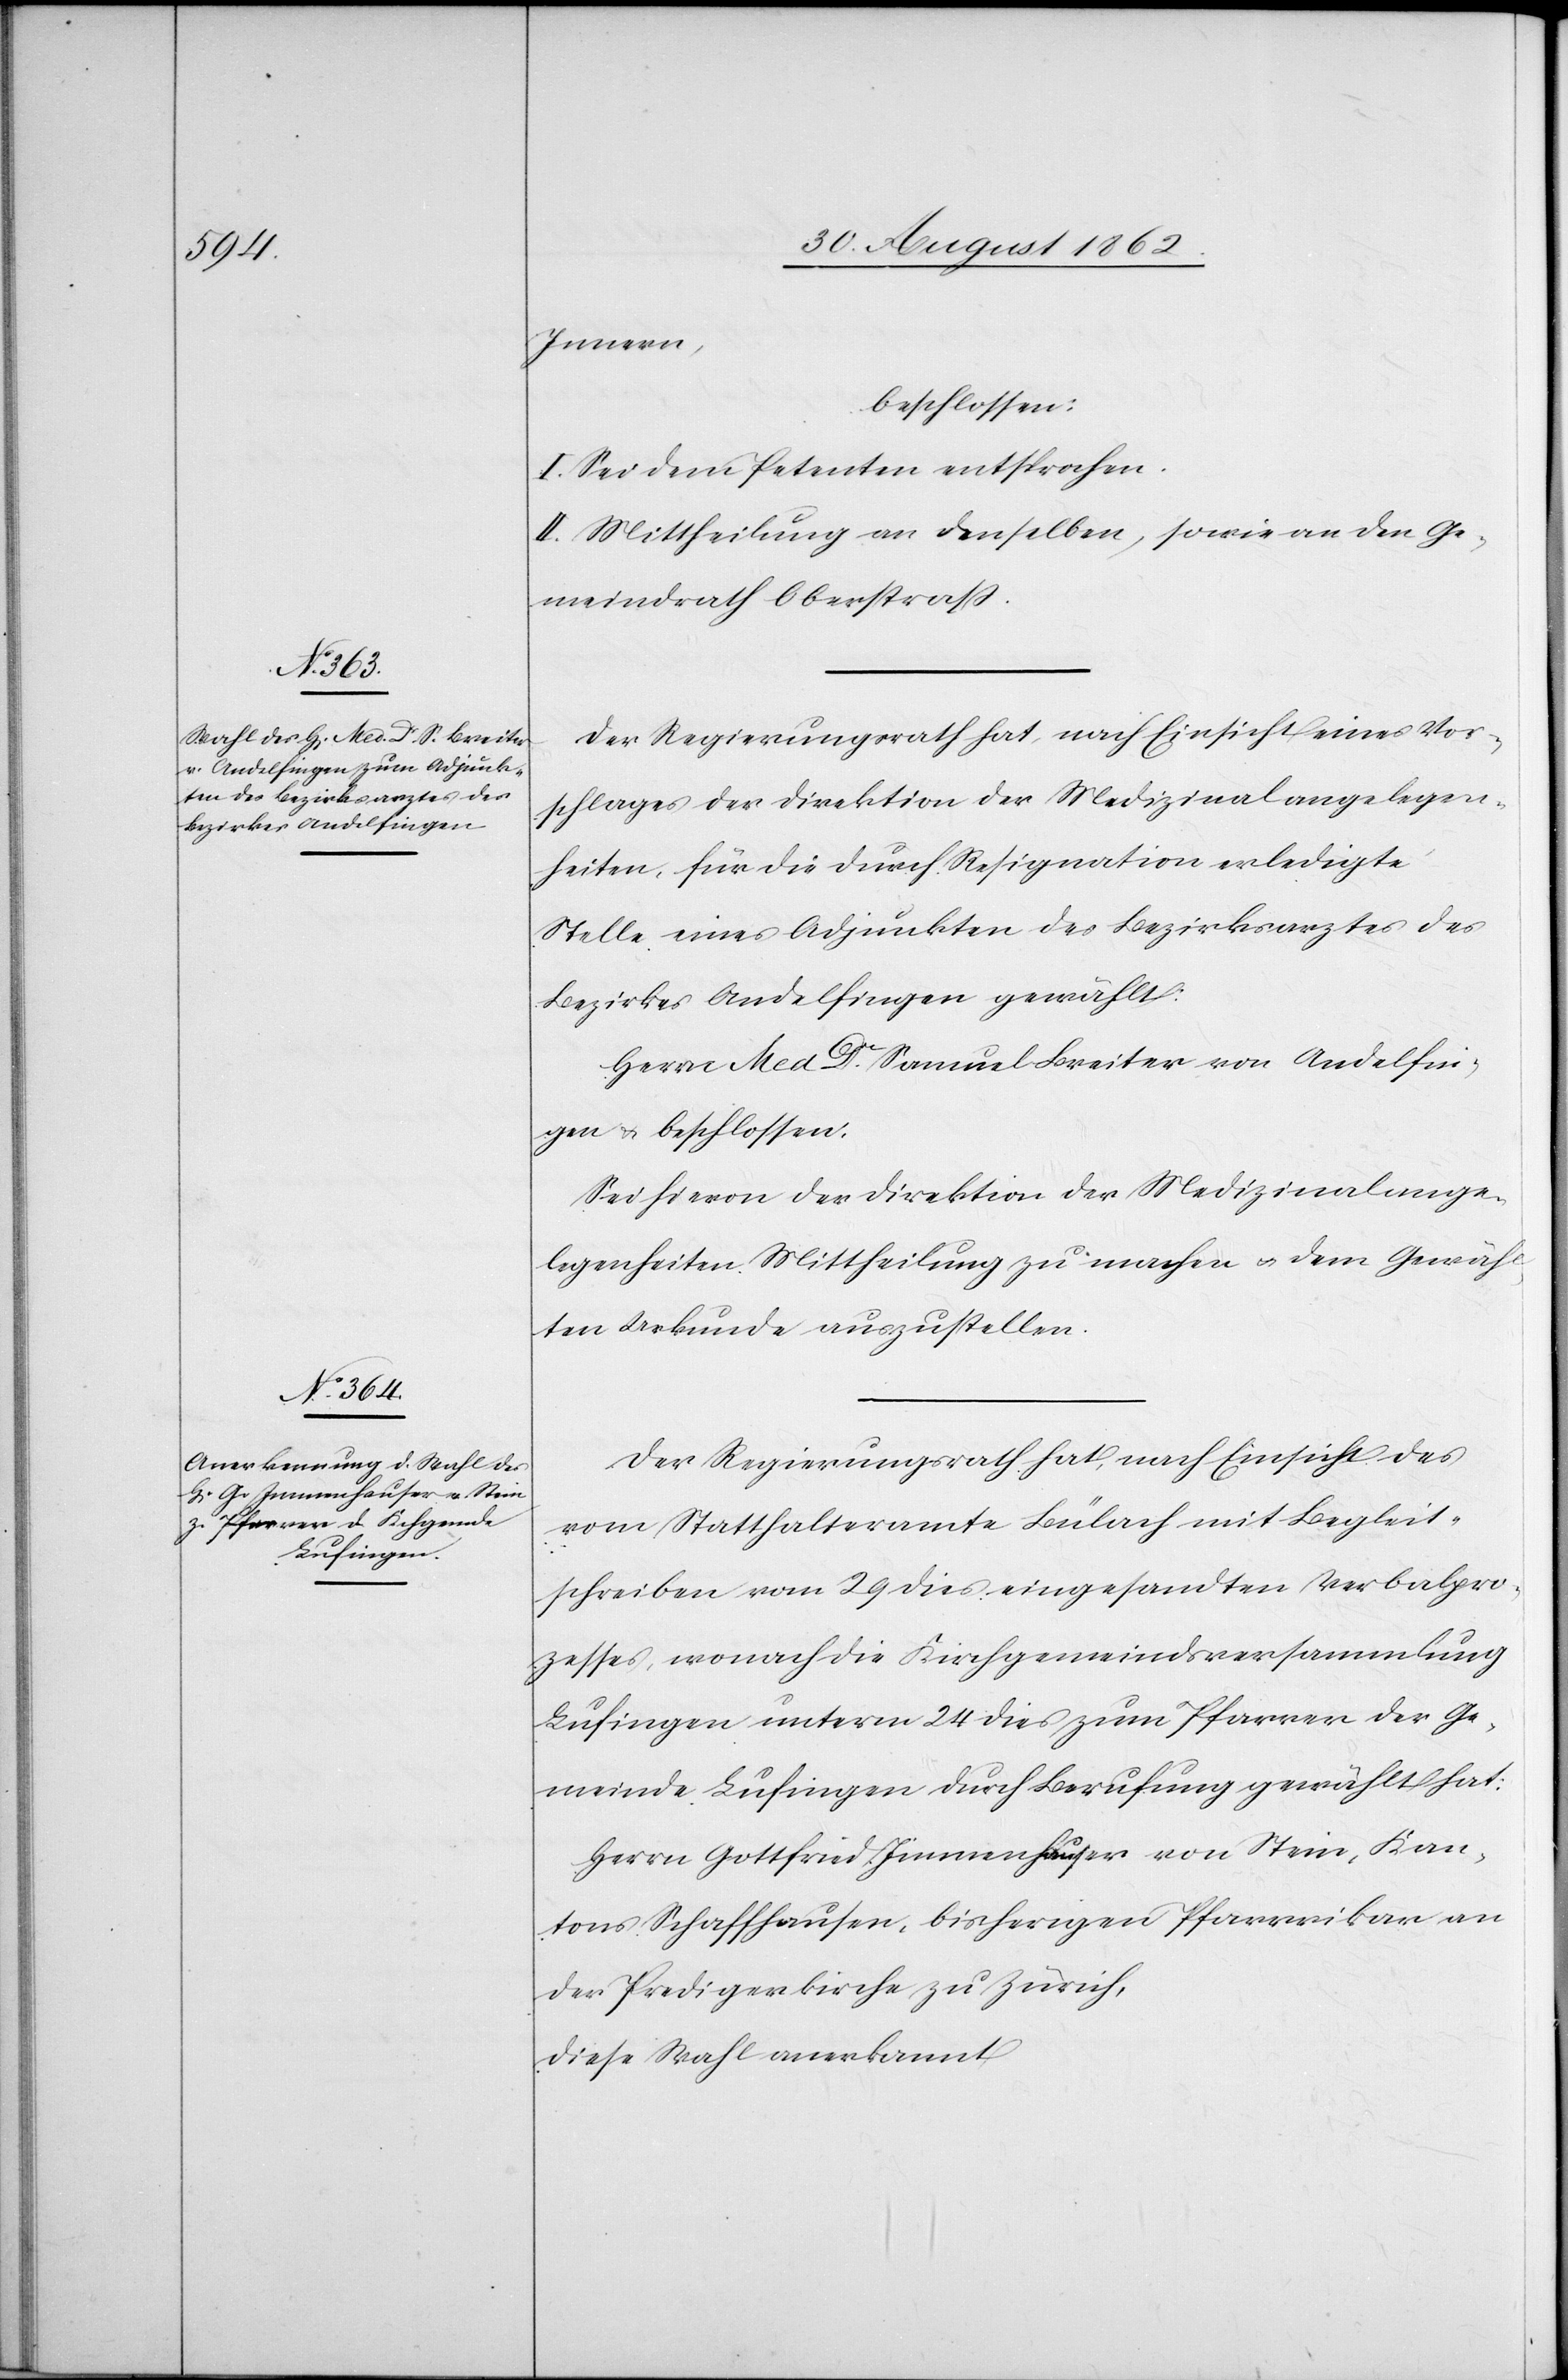
Innern
beschlossen:
I. Sei dem Petenten entsprochen.
II. Mittheilung an denselben, sowie an den Ge¬
meindrath Oberstraß.
Der Regierungsrath hat, nach Einsicht eines Vor¬
schlages der Direktion der Medizinalangelegen¬
heiten, für die durch Resignation erledigte
Stelle eines Adjunkten des Bezirksarztes des
Bezirkes Andelfingen gewählt:
Herrn Med. Dr. Samuel Breiter von Andelfin¬
gen u. beschlossen:
Sei hievon der Direktion der Medizinalange¬
legenheiten Mittheilung zu machen u. dem Gewähl¬
ten Urkunde auszustellen.
Der Regierungsrath hat, nach Einsicht des
vom Statthalteramte Bülach mit Begleit¬
schreiben vom 29. dies eingesandten Verbalpro¬
zesses, wonach die Kirchgemeindsversammlung
Lufingen unterm 24. dies zum Pfarrer der Ge¬
meinde Lufingen durch Berufung gewählt hat:
Herrn Gottfried Immenhauser von Stein, Kan¬
tons Schaffhausen, bisherigen Pfarrvikar an
der Predigerkirche zu Zürich,
diese Wahl anerkannt